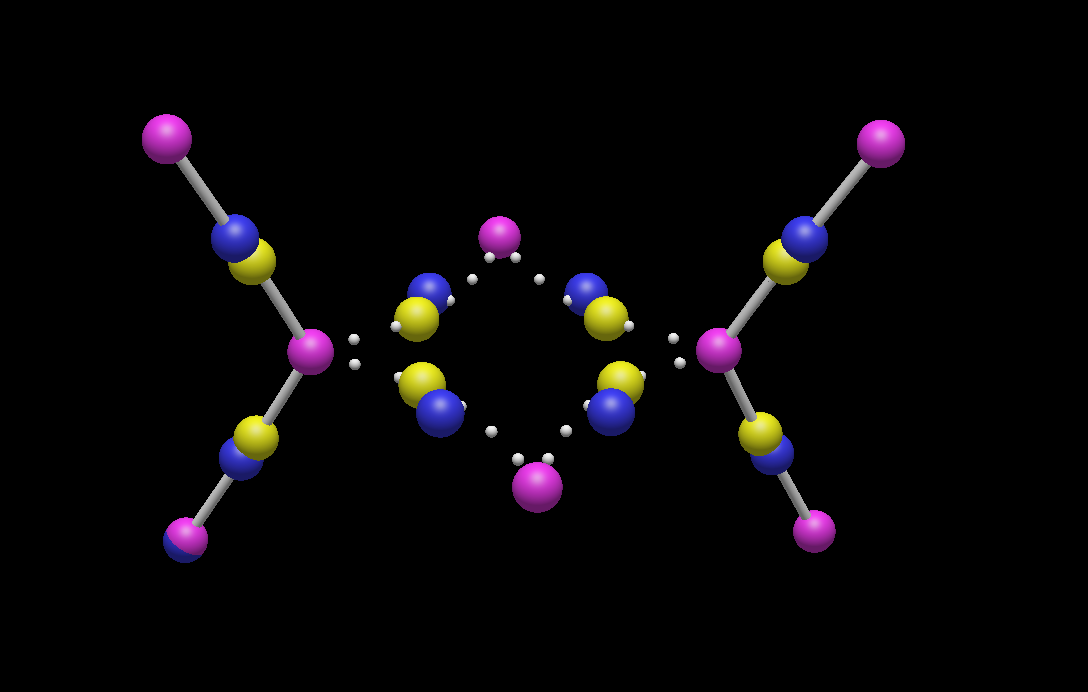
avogadro, QTAIM